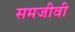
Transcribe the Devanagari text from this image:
समजीवी